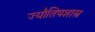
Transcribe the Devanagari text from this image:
ज्यौतिषशास्त्र